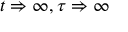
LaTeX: t \Rightarrow \infty , \tau \Rightarrow \infty